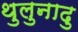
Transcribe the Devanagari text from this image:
थुलुनादु